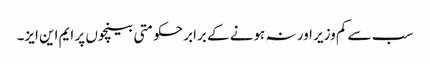
سب سے کم وزیر اور نہ ہونے کے برابر حکومتی بینچوں پر ایم این ایز۔